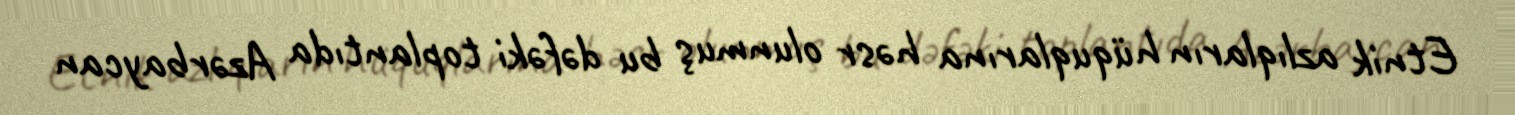
Etnik azlıqların hüquqlarına həsr olunmuş bu dəfəki toplantıda Azərbaycan